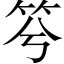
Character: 𥬋